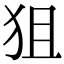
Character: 狙